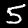
Digit: 5